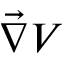
\vec { \nabla } V